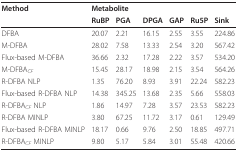
| Method | <COLSPAN=2> Metabolite |  |  |  |  |
 |  | RuBP | PGA | DPGA | GAP | Ru5P | Sink |
 | --- | --- | --- | --- | --- | --- | --- |
 | DFBA | 20.07 | 2.21 | 16.15 | 2.55 | 3.55 | 224.86 |
 | M-DFBA | 28.02 | 7.58 | 13.33 | 2.54 | 3.20 | 567.42 |
 | Flux-based M-DFBA | 36.66 | 2.32 | 17.28 | 2.22 | 3.57 | 534.20 |
 | M-DFBACF | 15.45 | 28.17 | 18.98 | 2.15 | 3.54 | 564.26 |
 | R-DFBA NLP | 1.35 | 76.20 | 8.93 | 3.91 | 22.24 | 582.23 |
 | Flux-based R-DFBA NLP | 14.38 | 345.25 | 13.68 | 2.35 | 5.66 | 558.03 |
 | R-DFBACF NLP | 1.86 | 14.97 | 7.28 | 3.57 | 23.53 | 582.23 |
 | R-DFBA MINLP | 3.80 | 67.25 | 11.72 | 3.17 | 0.61 | 129.49 |
 | Flux-based R-DFBA MINLP | 18.17 | 0.66 | 9.76 | 2.50 | 18.85 | 497.71 |
 | R-DFBACF MINLP | 9.80 | 5.17 | 5.84 | 3.01 | 55.48 | 420.66 |